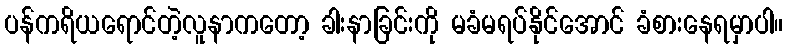
ပန်ကရိယရောင်တဲ့လူနာကတော့ ခါးနာခြင်းကို မခံမရပ်နိုင်အောင် ခံစားနေရမှာပါ။